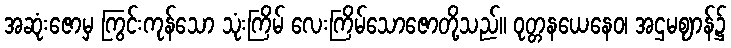
အဆုံးဇောမှ ကြွင်းကုန်သော သုံးကြိမ် လေးကြိမ်သောဇောတို့သည်။ ဝုတ္တနယေနေဝ၊ အဌမဈာန်၌